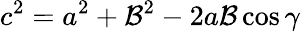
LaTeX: c^{2}=a^{2}+\mathcal{B}^{2}-2a\mathcal{B}\cos\gamma